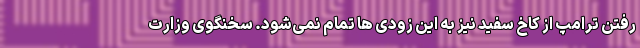
رفتن ترامپ از کاخ سفید نیز به این زودی ها تمام نمی‌شود. سخنگوی وزارت